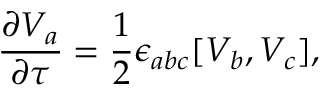
\frac { \partial V _ { a } } { \partial \tau } = \frac 1 2 \epsilon _ { a b c } [ V _ { b } , V _ { c } ] ,